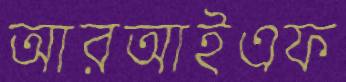
আরআইএফ